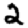
Digit: 2